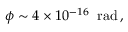
\phi \sim 4 \times 1 0 ^ { - 1 6 } \; \; \mathrm { r a d } \, ,